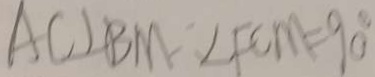
A C \bot B M \therefore \angle F C M = 9 0 ^ { \circ }